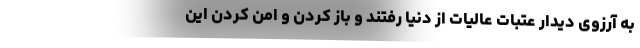
به آرزوی دیدار عتبات عالیات از دنیا رفتند و باز کردن و امن کردن این